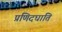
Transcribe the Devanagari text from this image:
प्रणिदघाति